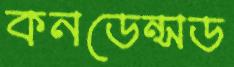
কনডেন্সড